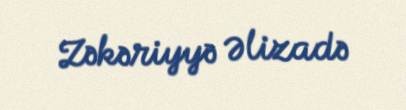
Zəkəriyyə Əlizadə